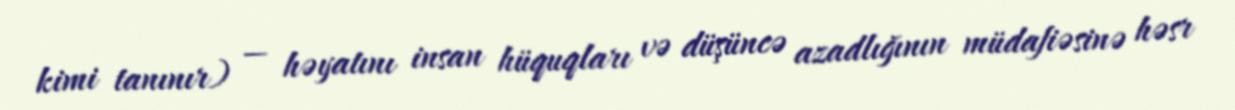
kimi tanınır) — həyatını insan hüquqları və düşüncə azadlığının müdafiəsinə həsr